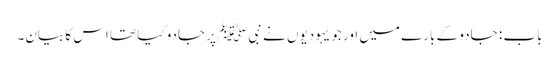
باب : جادو کے بارے میں اور جو یہودیوں نے نبیﷺ پر جادو کیا تھا اس کا بیان۔